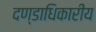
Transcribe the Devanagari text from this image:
दण्डाधिकारीय